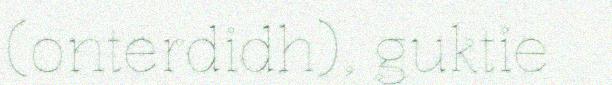
(onterdidh), guktie